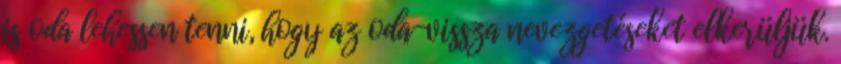
is oda lehessen tenni, hogy az oda-vissza nevezgetéseket elkerüljük.